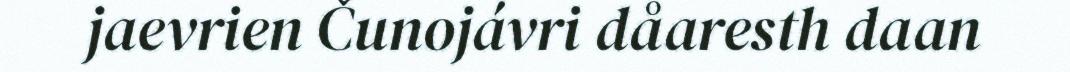
jaevrien Čunojávri dåaresth daan